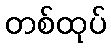
တစ်ထုပ်